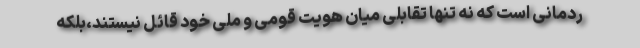
ردمانی است که نه تنها تقابلی میان هویت قومی و ملی خود قائل نیستند،بلکه